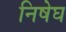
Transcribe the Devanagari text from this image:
निषेघ